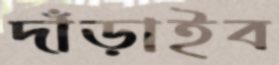
দাঁড়াইব